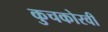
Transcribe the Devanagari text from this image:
कुचकोरवी